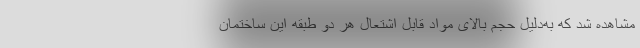
مشاهده شد که به‌دلیل حجم بالای مواد قابل اشتعال هر دو طبقه این ساختمان